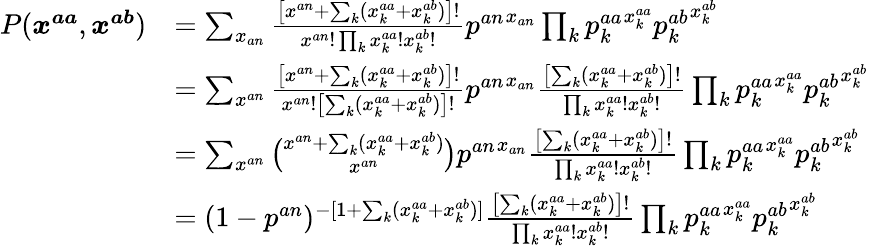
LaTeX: \begin{array}{rl}{P(\boldsymbol{x^{aa}},\boldsymbol{x^{ab}})}&{=\sum_{x_{an}}\frac{\left[x^{an}+\sum_{k}(x_{k}^{aa}+x_{k}^{ab})\right]!}{x^{an}!\prod_{k}x_{k}^{aa}!x_{k}^{ab}!}{p^{an}}^{x_{an}}\prod_{k}{p_{k}^{aa}}^{x_{k}^{aa}}{p_{k}^{ab}}^{x_{k}^{ab}}}\\ &{=\sum_{x^{an}}\frac{\left[x^{an}+\sum_{k}(x_{k}^{aa}+x_{k}^{ab})\right]!}{x^{an}!\left[\sum_{k}(x_{k}^{aa}+x_{k}^{ab})\right]!}{p^{an}}^{x_{an}}\frac{\left[\sum_{k}(x_{k}^{aa}+x_{k}^{ab})\right]!}{\prod_{k}x_{k}^{aa}!x_{k}^{ab}!}\prod_{k}{p_{k}^{aa}}^{x_{k}^{aa}}{p_{k}^{ab}}^{x_{k}^{ab}}}\\ &{=\sum_{x^{an}}\binom{x^{an}+\sum_{k}(x_{k}^{aa}+x_{k}^{ab})}{x^{an}}{p^{an}}^{x_{an}}\frac{\left[\sum_{k}(x_{k}^{aa}+x_{k}^{ab})\right]!}{\prod_{k}x_{k}^{aa}!x_{k}^{ab}!}\prod_{k}{p_{k}^{aa}}^{x_{k}^{aa}}{p_{k}^{ab}}^{x_{k}^{ab}}}\\ &{=(1-p^{an})^{-[1+\sum_{k}(x_{k}^{aa}+x_{k}^{ab})]}\frac{\left[\sum_{k}(x_{k}^{aa}+x_{k}^{ab})\right]!}{\prod_{k}x_{k}^{aa}!x_{k}^{ab}!}\prod_{k}{p_{k}^{aa}}^{x_{k}^{aa}}{p_{k}^{ab}}^{x_{k}^{ab}}}\end{array}